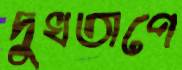
দুখতাপে